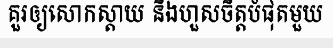
គួរឲ្យសោកស្តាយ និងហួសចិត្តបំផុតមួយ